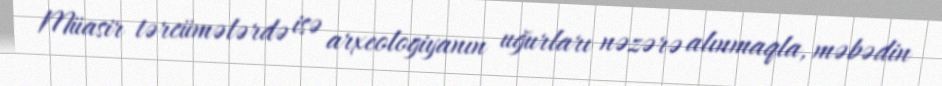
Müasir tərcümələrdə isə arxeologiyanın uğurları nəzərə alınmaqla, məbədin